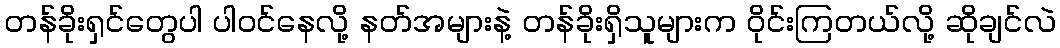
တန်ခိုးရှင်တွေပါ ပါဝင်နေလို့ နတ်အများနဲ့ တန်ခိုးရှိသူများက ဝိုင်းကြတယ်လို့ ဆိုချင်လဲ